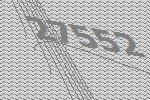
27552